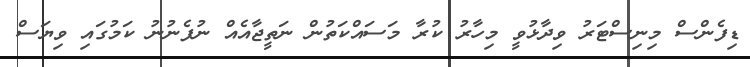
ޑިފެންސް މިނިސްޓަރު ވިދާޅުވީ މިހާރު ކުރާ މަސައްކަތުން ނަތީޖާއެއް ނުފެނުނު ކަމުގައި ވިޔަސް